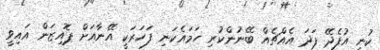
ކުނި އުފެދޭ ފަދަ އެއްޗެއް ބޭނުންކުރި ހަމައެކަނި ފަހަރަކީ އޭނާއަށް ޕޮއިޒަން އައިވީ